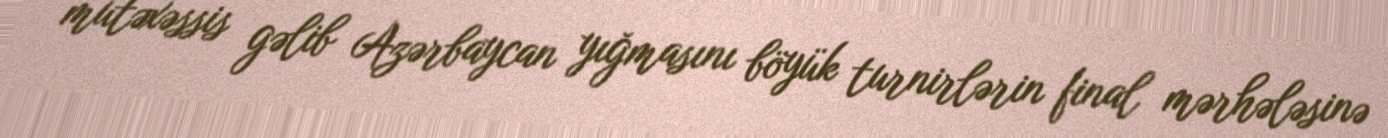
mütəxəssis gəlib Azərbaycan yığmasını böyük turnirlərin final mərhələsinə